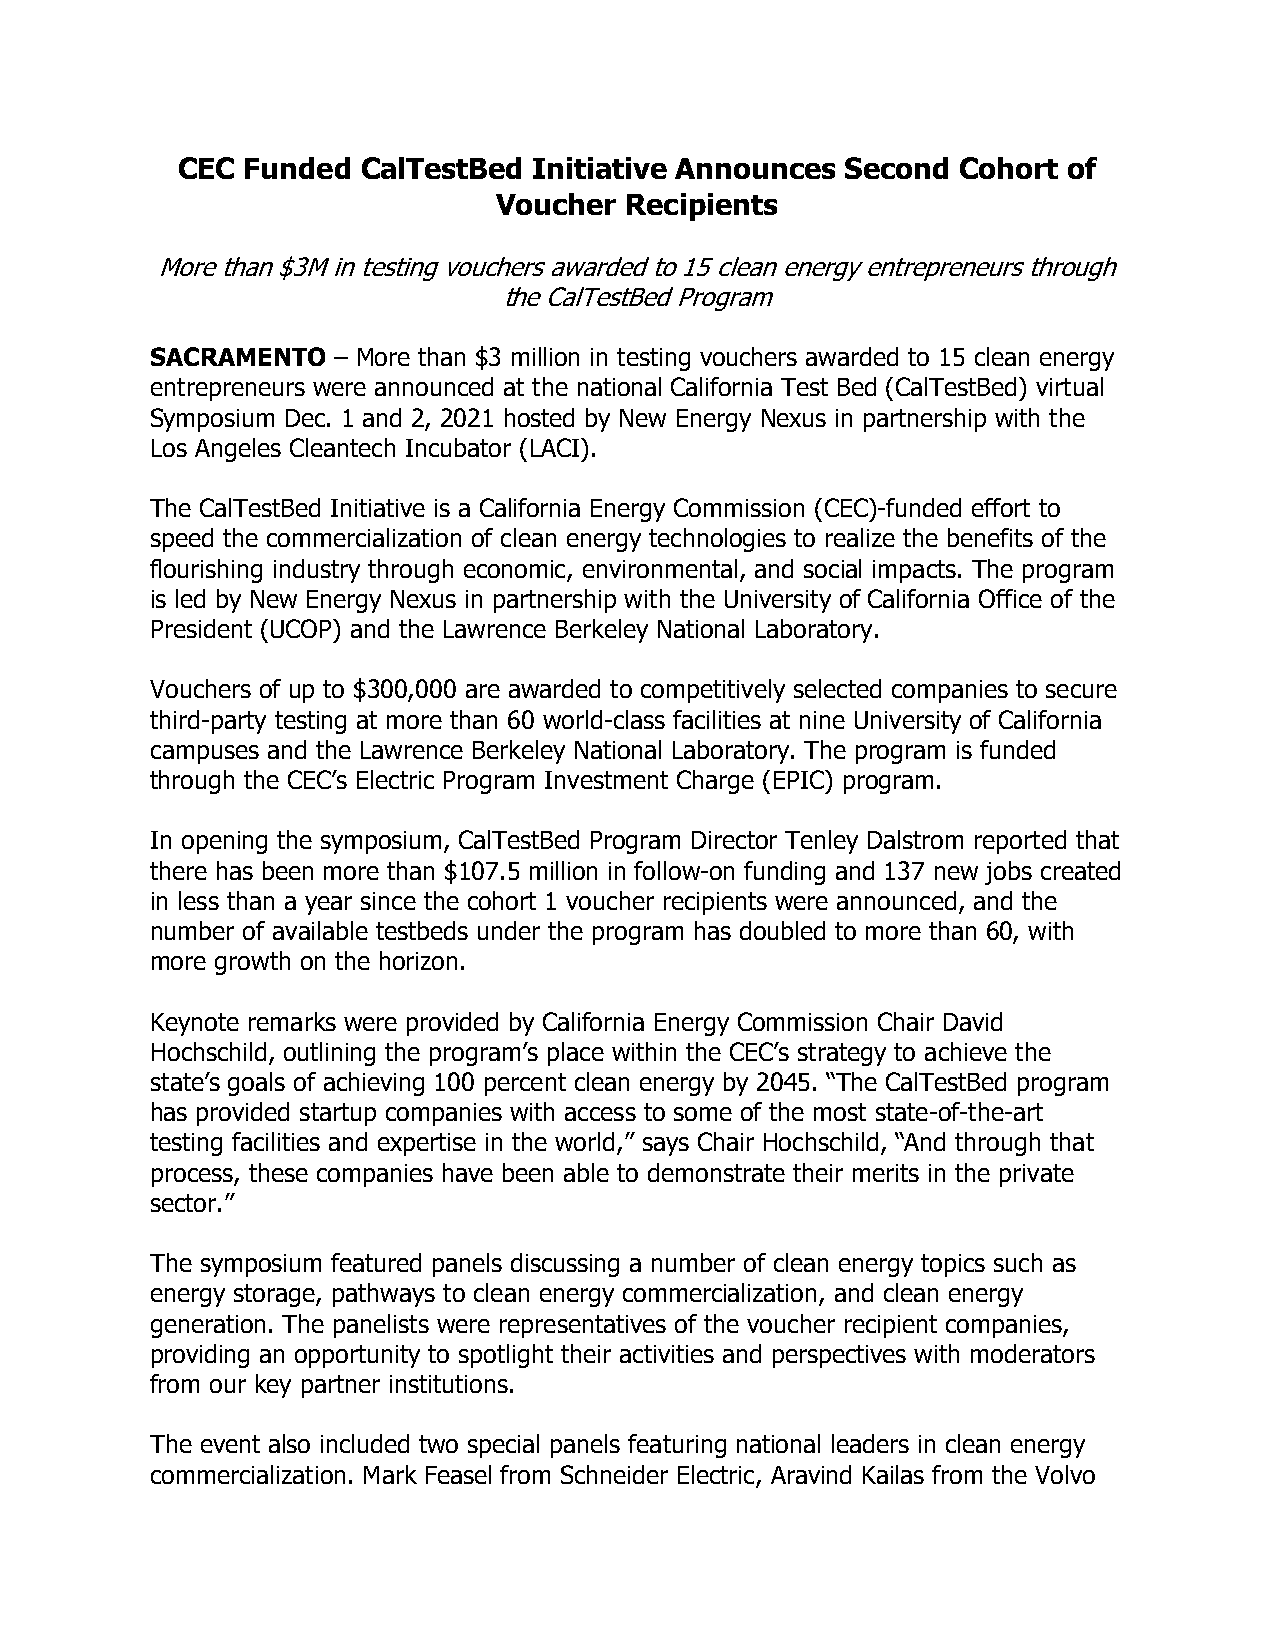
CEC Funded  CalTestBed Initiative Announces Second  Cohort of
 Voucher Recipients
 More than $3M in testing vouchers awarded to 15 clean energy entrepreneurs through
 the CalTestBed Program
 SACRAMENTO  – More than $3 million in testing vouchers awarded to 15 clean energy
 entrepreneurs were announced at the national California Test Bed (CalTestBed) virtual
 Symposium Dec. 1 and 2, 2021 hosted by New Energy Nexus in partnership with the
 Los Angeles Cleantech Incubator (LACI).
 The CalTestBed Initiative is a California Energy Commission (CEC)-funded effort to
 speed the commercialization of clean energy technologies to realize the benefits of the
 flourishing industry through economic, environmental, and social impacts. The program
 is led by New Energy Nexus in partnership with the University of California Office of the
 President (UCOP) and the Lawrence Berkeley National Laboratory.
 Vouchers of up to $300,000 are awarded to competitively selected companies to secure
 third-party testing at more than 60 world-class facilities at nine University of California
 campuses and the Lawrence Berkeley National Laboratory. The program is funded
 through the CEC’s Electric Program Investment Charge (EPIC) program.
 In opening the symposium, CalTestBed Program Director Tenley Dalstrom reported that
 there has been more than $107.5 million in follow-on funding and 137 new jobs created
 in less than a year since the cohort 1 voucher recipients were announced, and the
 number of available testbeds under the program has doubled to more than 60, with
 more growth on the horizon.
 Keynote remarks were provided by California Energy Commission Chair David
 Hochschild, outlining the program’s place within the CEC’s strategy to achieve the
 state’s goals of achieving 100 percent clean energy by 2045. “The CalTestBed program
 has provided startup companies with access to some of the most state-of-the-art
 testing facilities and expertise in the world,” says Chair Hochschild, “And through that
 process, these companies have been able to demonstrate their merits in the private
 sector.”
 The symposium featured panels discussing a number of clean energy topics such as
 energy storage, pathways to clean energy commercialization, and clean energy
 generation. The panelists were representatives of the voucher recipient companies,
 providing an opportunity to spotlight their activities and perspectives with moderators
 from our key partner institutions.
 The event also included two special panels featuring national leaders in clean energy
 commercialization. Mark Feasel from Schneider Electric, Aravind Kailas from the Volvo